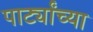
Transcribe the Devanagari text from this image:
पार्ट्यांच्या